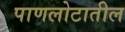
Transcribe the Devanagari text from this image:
पाणलोटातील